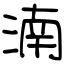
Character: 湳